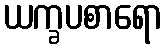
ယက္ခပစာရော